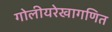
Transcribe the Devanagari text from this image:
गोलीयरेखागणित